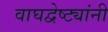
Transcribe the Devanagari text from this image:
वाघद्वेष्ट्यांनी